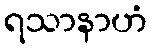
ရသာနာဟံ